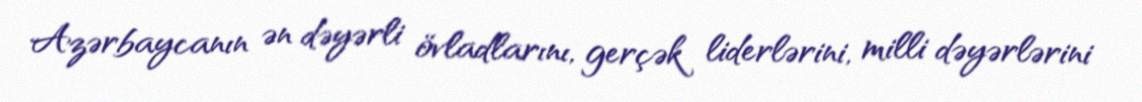
Azərbaycanın ən dəyərli övladlarını, gerçək liderlərini, milli dəyərlərini